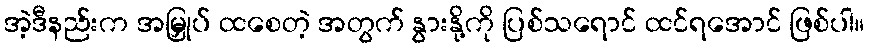
အဲ့ဒီနည်းက အမြှုပ် ထစေတဲ့ အတွက် နွားနို့ကို ပြစ်သရောင် ထင်ရအောင် ဖြစ်ပါ။